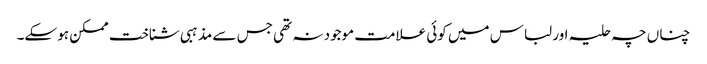
چناں چہ حلیہ اور لباس میں کوئی علامت موجود نہ تھی جس سے مذہبی شناخت ممکن ہو سکے۔